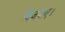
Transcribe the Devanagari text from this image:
भिजवाए।